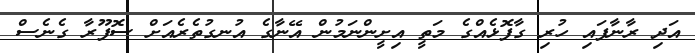
އަދި ރާނާފައި ހުރި ގާފޮޅެއްގެ މަތީ އިށީންނަމުން އޭނާގެ އުނގުތެރެއަށް ސޮފޫރާ ގެނެސް